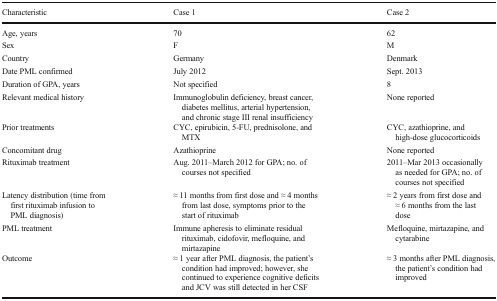
| Characteristic | Case 1 | Case 2 |
 | --- | --- | --- |
 | Age, years | 70 | 62 |
 | Sex | F | M |
 | Country | Germany | Denmark |
 | Date PML confirmed | July 2012 | Sept. 2013 |
 | Duration of GPA, years | Not specified | 8 |
 | Relevant medical history | Immunoglobulin deficiency, breast cancer, diabetes mellitus, arterial hypertension, and chronic stage III renal insufficiency | None reported |
 | Prior treatments | CYC, epirubicin, 5-FU, prednisolone, and MTX | CYC, azathioprine, and high-dose glucocorticoids |
 | Concomitant drug | Azathioprine | None reported |
 | Rituximab treatment | Aug. 2011–March 2012 for GPA; no. of courses not specified | 2011–Mar 2013 occasionally as needed for GPA; no. of courses not specified |
 | Latency distribution (time from first rituximab infusion to PML diagnosis) | ≈ 11 months from first dose and ≈ 4 months from last dose, symptoms prior to the start of rituximab | ≈ 2 years from first dose and ≈ 6 months from the last dose |
 | PML treatment | Immune apheresis to eliminate residual rituximab, cidofovir, mefloquine, and mirtazapine | Mefloquine, mirtazapine, and cytarabine |
 | Outcome | ≈ 1 year after PML diagnosis, the patient’s condition had improved; however, she continued to experience cognitive deficits and JCV was still detected in her CSF | ≈ 3 months after PML diagnosis, the patient’s condition had improved |